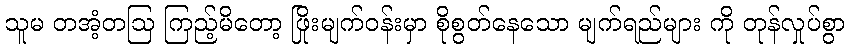
သူမ တအံ့တဩ ကြည့်မိတော့ ဖြိုးမျက်ဝန်းမှာ စိုစွတ်နေသော မျက်ရည်များ ကို တုန်လှုပ်စွာ